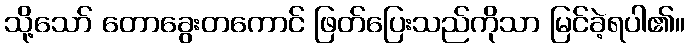
သို့သော် တောခွေးတကောင် ဖြတ်ပြေးသည်ကိုသာ မြင်ခဲ့ရပါ၏။